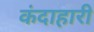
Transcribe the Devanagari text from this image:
कंदाहारी